38_143685_box_Incident_Summaries_173-233
Agency: Department of War
Page 86
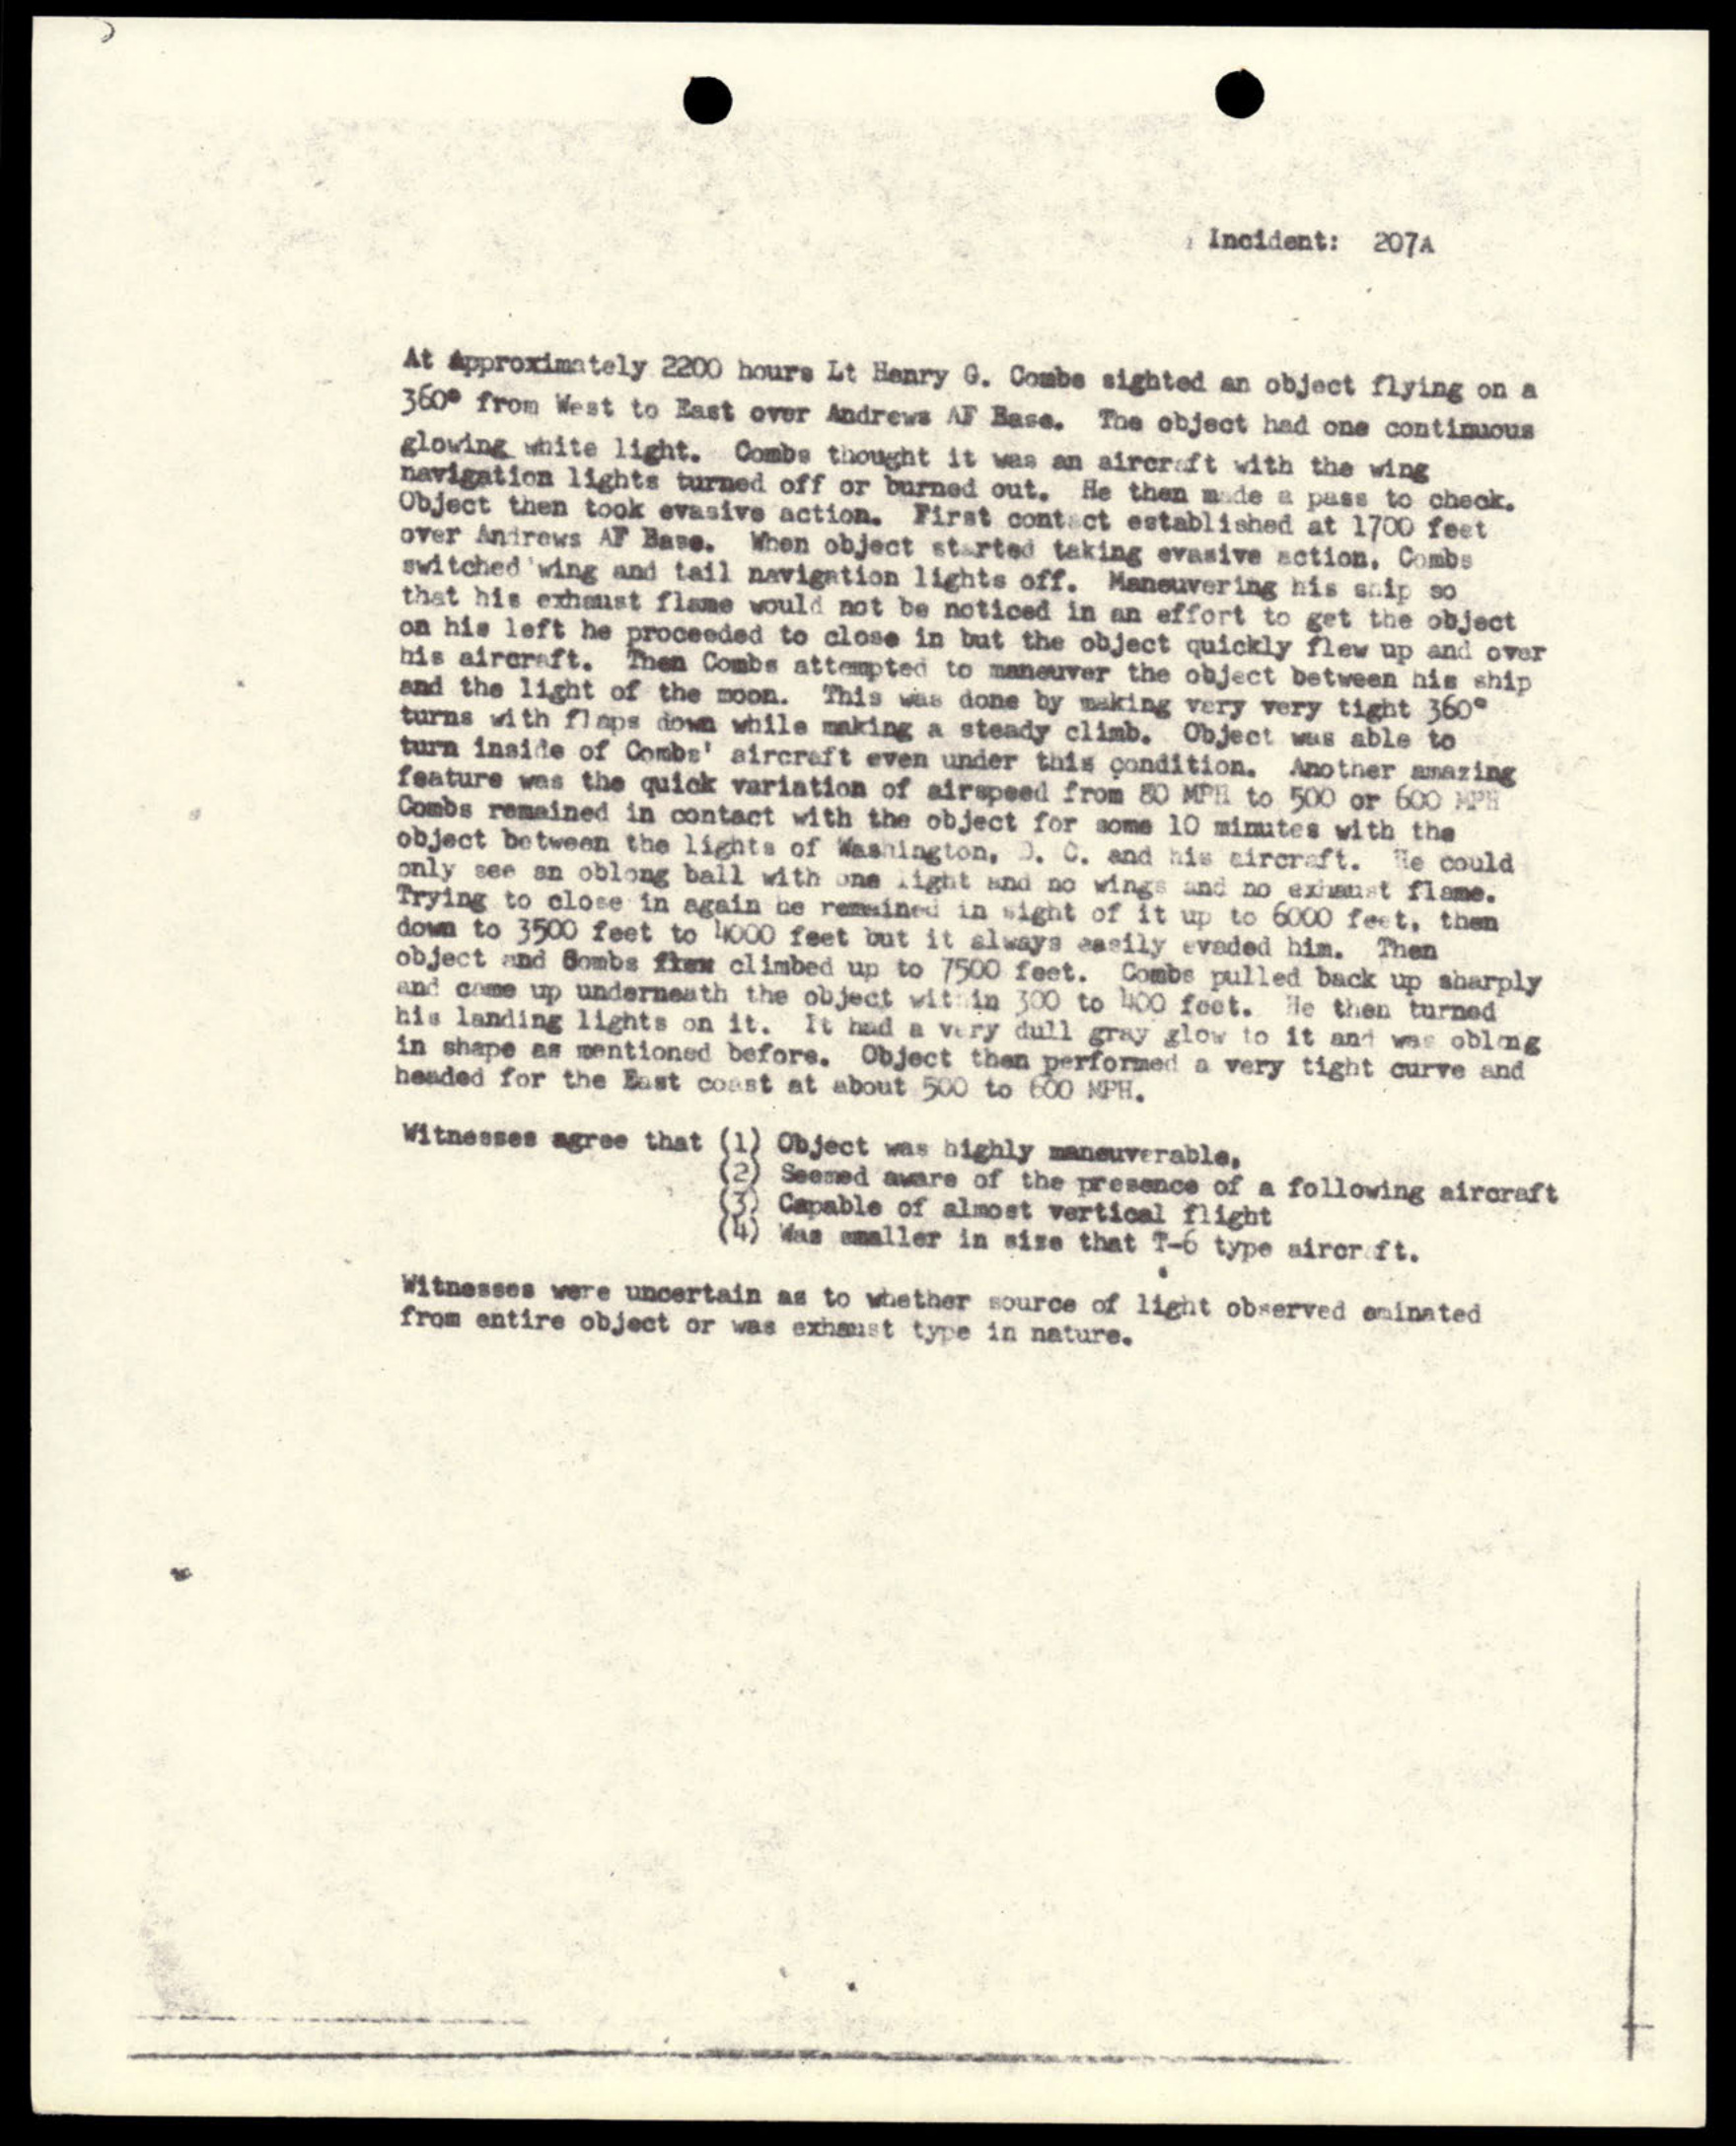